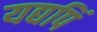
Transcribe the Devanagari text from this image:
यद्यपिं